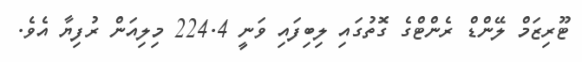
ޓޫރިޒަމް ލޭންޑް ރެންޓްގެ ގޮތުގައި ލިބިފައި ވަނީ 224.4 މިލިއަން ރުފިޔާ އެވެ.